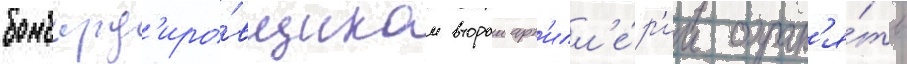
бомбард'иро́вщикам второи арт'илл'е́р'ии охран'я́ть